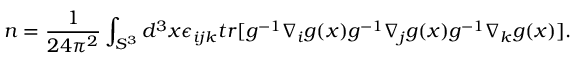
n = \frac { 1 } { 2 4 \pi ^ { 2 } } \int _ { S ^ { 3 } } d ^ { 3 } x \epsilon _ { i j k } t r [ g ^ { - 1 } \nabla _ { i } g ( x ) g ^ { - 1 } \nabla _ { j } g ( x ) g ^ { - 1 } \nabla _ { k } g ( x ) ] .